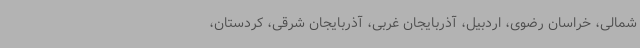
شمالی، خراسان رضوی، اردبیل، آذربایجان غربی، آذربایجان شرقی، کردستان،